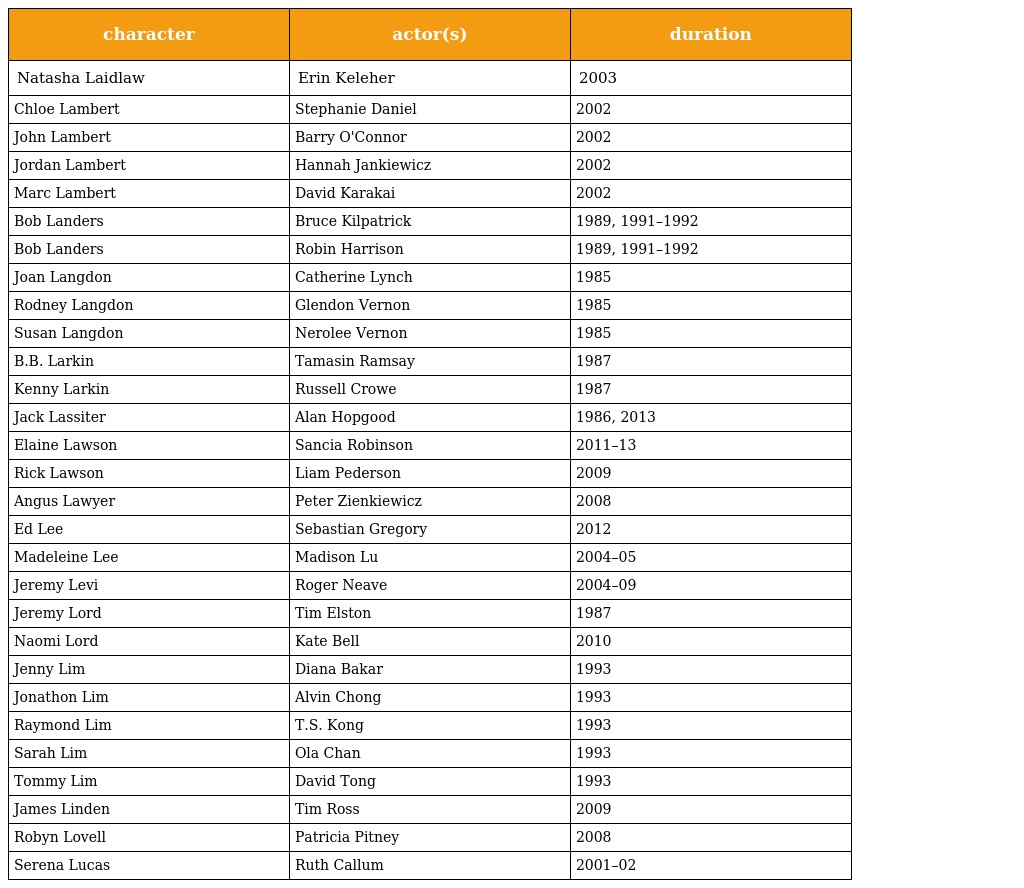
| character | actor(s) | duration |
 | --- | --- | --- |
 | Natasha Laidlaw | Erin Keleher | 2003 |
 | Chloe Lambert | Stephanie Daniel | 2002 |
 | John Lambert | Barry O'Connor | 2002 |
 | Jordan Lambert | Hannah Jankiewicz | 2002 |
 | Marc Lambert | David Karakai | 2002 |
 | Bob Landers | Bruce Kilpatrick | 1989, 1991–1992 |
 | Bob Landers | Robin Harrison | 1989, 1991–1992 |
 | Joan Langdon | Catherine Lynch | 1985 |
 | Rodney Langdon | Glendon Vernon | 1985 |
 | Susan Langdon | Nerolee Vernon | 1985 |
 | B.B. Larkin | Tamasin Ramsay | 1987 |
 | Kenny Larkin | Russell Crowe | 1987 |
 | Jack Lassiter | Alan Hopgood | 1986, 2013 |
 | Elaine Lawson | Sancia Robinson | 2011–13 |
 | Rick Lawson | Liam Pederson | 2009 |
 | Angus Lawyer | Peter Zienkiewicz | 2008 |
 | Ed Lee | Sebastian Gregory | 2012 |
 | Madeleine Lee | Madison Lu | 2004–05 |
 | Jeremy Levi | Roger Neave | 2004–09 |
 | Jeremy Lord | Tim Elston | 1987 |
 | Naomi Lord | Kate Bell | 2010 |
 | Jenny Lim | Diana Bakar | 1993 |
 | Jonathon Lim | Alvin Chong | 1993 |
 | Raymond Lim | T.S. Kong | 1993 |
 | Sarah Lim | Ola Chan | 1993 |
 | Tommy Lim | David Tong | 1993 |
 | James Linden | Tim Ross | 2009 |
 | Robyn Lovell | Patricia Pitney | 2008 |
 | Serena Lucas | Ruth Callum | 2001–02 |